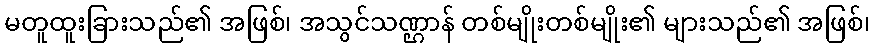
မတူထူးခြားသည်၏ အဖြစ်၊ အသွင်သဏ္ဌာန် တစ်မျိုးတစ်မျိုး၏ များသည်၏ အဖြစ်၊